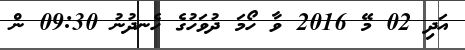
އަދި 02 މޭ 2016 ވާ ހޯމަ ދުވަހުގެ ހެނދުނު 09:30 ން